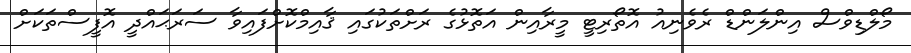
މޯލްޑިވްސް އިންލަންޑް ރެވެނިއު އޮތޯރިޓީ މީރާއިން އަތޮޅުގެ ރަށްތަކުގައި ޤާއިމްކޮށްފައިވާ ސަރަޙައްދީ އޮފީސްތަކަށް